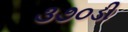
૩૭૦ડી